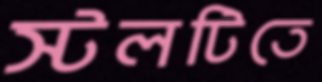
স্টলটিতে